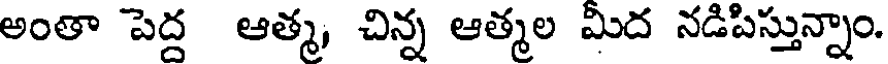
అంతా పెద్ద ఆత్మ, చిన్న ఆత్మల మిద నడిపిస్తున్నాం.